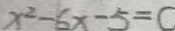
x ^ { 2 } - 6 x - 5 = c